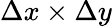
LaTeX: \Delta x\times\Delta y